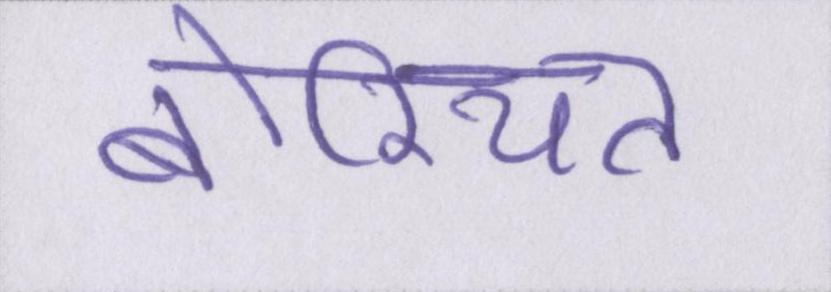
बोरियत